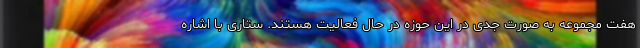
هفت مجموعه به صورت جدی در این حوزه در حال فعالیت هستند. ستاری با اشاره